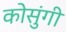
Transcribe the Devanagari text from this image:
कोसुंगी